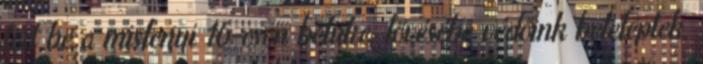
tört be a mislenyi 16-oson belülre, lövésébe védőink beleléptek,